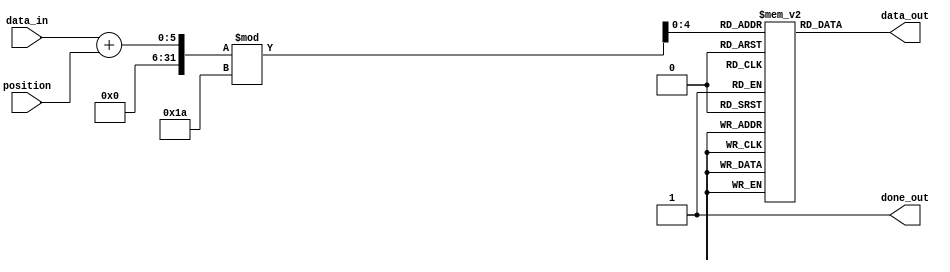
`timescale 1ns / 1ps
//////////////////////////////////////////////////////////////////////////////////
// Design Name: rotor1_rev
// Module Name: rotor1_rev
// Project Name: ENIGMA551
//////////////////////////////////////////////////////////////////////////////////


module rotor1_reverse(
    input [4:0] data_in,
    input [4:0] position,
    output reg [4:0] data_out,
    output reg done_out
);

reg [4:0] reverse_mapping[0:25];
reg [4:0] sum;

initial begin
    done_out = 0;
    reverse_mapping[9] = 5'd0;   // JA
    reverse_mapping[15] = 5'd1;  // PB
    reverse_mapping[7] = 5'd2;   // HC
    reverse_mapping[23] = 5'd3;  // XD
    reverse_mapping[19] = 5'd4;  // TE
    reverse_mapping[20] = 5'd5;  // UF
    reverse_mapping[18] = 5'd6;  // SG
    reverse_mapping[24] = 5'd7;  // YH
    reverse_mapping[3] = 5'd8;   // DI
    reverse_mapping[22] = 5'd9;  // WJ
    reverse_mapping[1] = 5'd10;  // BK
    reverse_mapping[16] = 5'd11; // QL
    reverse_mapping[25] = 5'd12; // ZM
    reverse_mapping[8] = 5'd13;  // IN
    reverse_mapping[4] = 5'd14;  // EO
    reverse_mapping[10] = 5'd15; // KP
    reverse_mapping[0] = 5'd16;  // AQ
    reverse_mapping[14] = 5'd17; // OR
    reverse_mapping[12] = 5'd18; // MS
    reverse_mapping[6] = 5'd19;  // GT
    reverse_mapping[5] = 5'd20;  // FU
    reverse_mapping[2] = 5'd21;  // CV
    reverse_mapping[17] = 5'd22; // RW
    reverse_mapping[13] = 5'd23; // NX
    reverse_mapping[11] = 5'd24; // LY
    reverse_mapping[21] = 5'd25; // VZ
end



always @(data_in or position) 
begin
    done_out <= 0;
    sum = (data_in + position) % 26;
    data_out <= reverse_mapping[sum];
    done_out <= 1;
end

endmodule